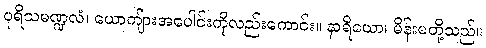
ပုရိသမဏ္ဍလံ၊ ယောကျ်ားအပေါင်းကိုလည်းကောင်း။ နာရိယော၊ မိန်းမတို့သည်။